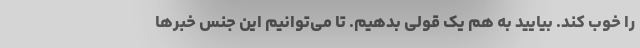
را خوب کند. بیایید به هم یک قولی بدهیم. تا می‌توانیم این جنس خبرها